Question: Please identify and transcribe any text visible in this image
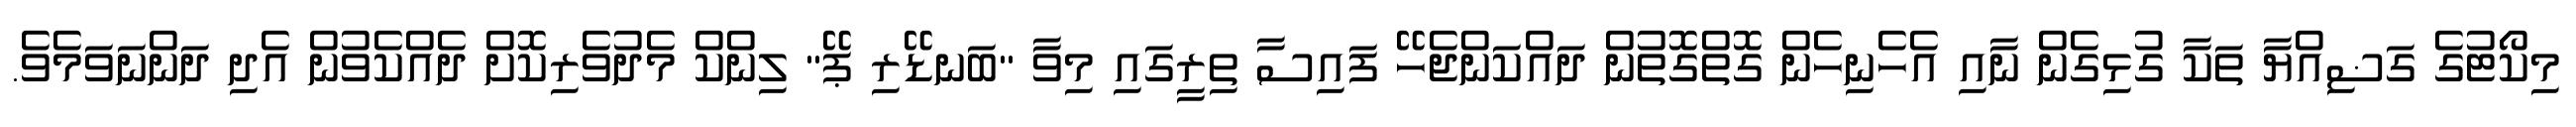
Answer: މިކޯޓުގެ ގަޟިއްޔާ ތަކާ ގުޅިގެން ނާއި އެހެނިހެން ގޮތްގޮތުން ދައްކަންޖެހޭ ފައިސާ ތިރީގައި މިވާ "ބަނޑޭރި ޕޭ" ލިންކް މެދުވެރިކޮށް ދެއްކެވުން އެދި ދަންނަވަމެވެ.